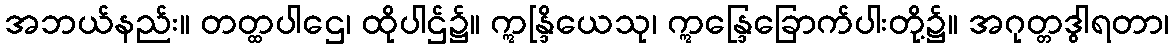
အဘယ်နည်း။ တတ္ထပါဌေ၊ ထိုပါဌ်၌။ ဣန္ဒြိယေသု၊ ဣန္ဒြေခြောက်ပါးတို့၌။ အဂုတ္တဒွါရတာ၊